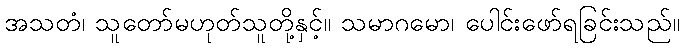
အသတံ၊ သူတော်မဟုတ်သူတို့နှင့်။ သမာဂမော၊ ပေါင်းဖော်ရခြင်းသည်။